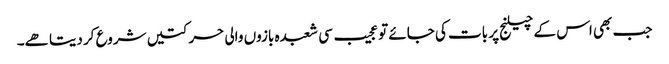
جب بھی اس کے چیلنج پر بات کی جائے تو عجیب سی شعبدہ بازوں والی حرکتیں شروع کر دیتا ھے۔